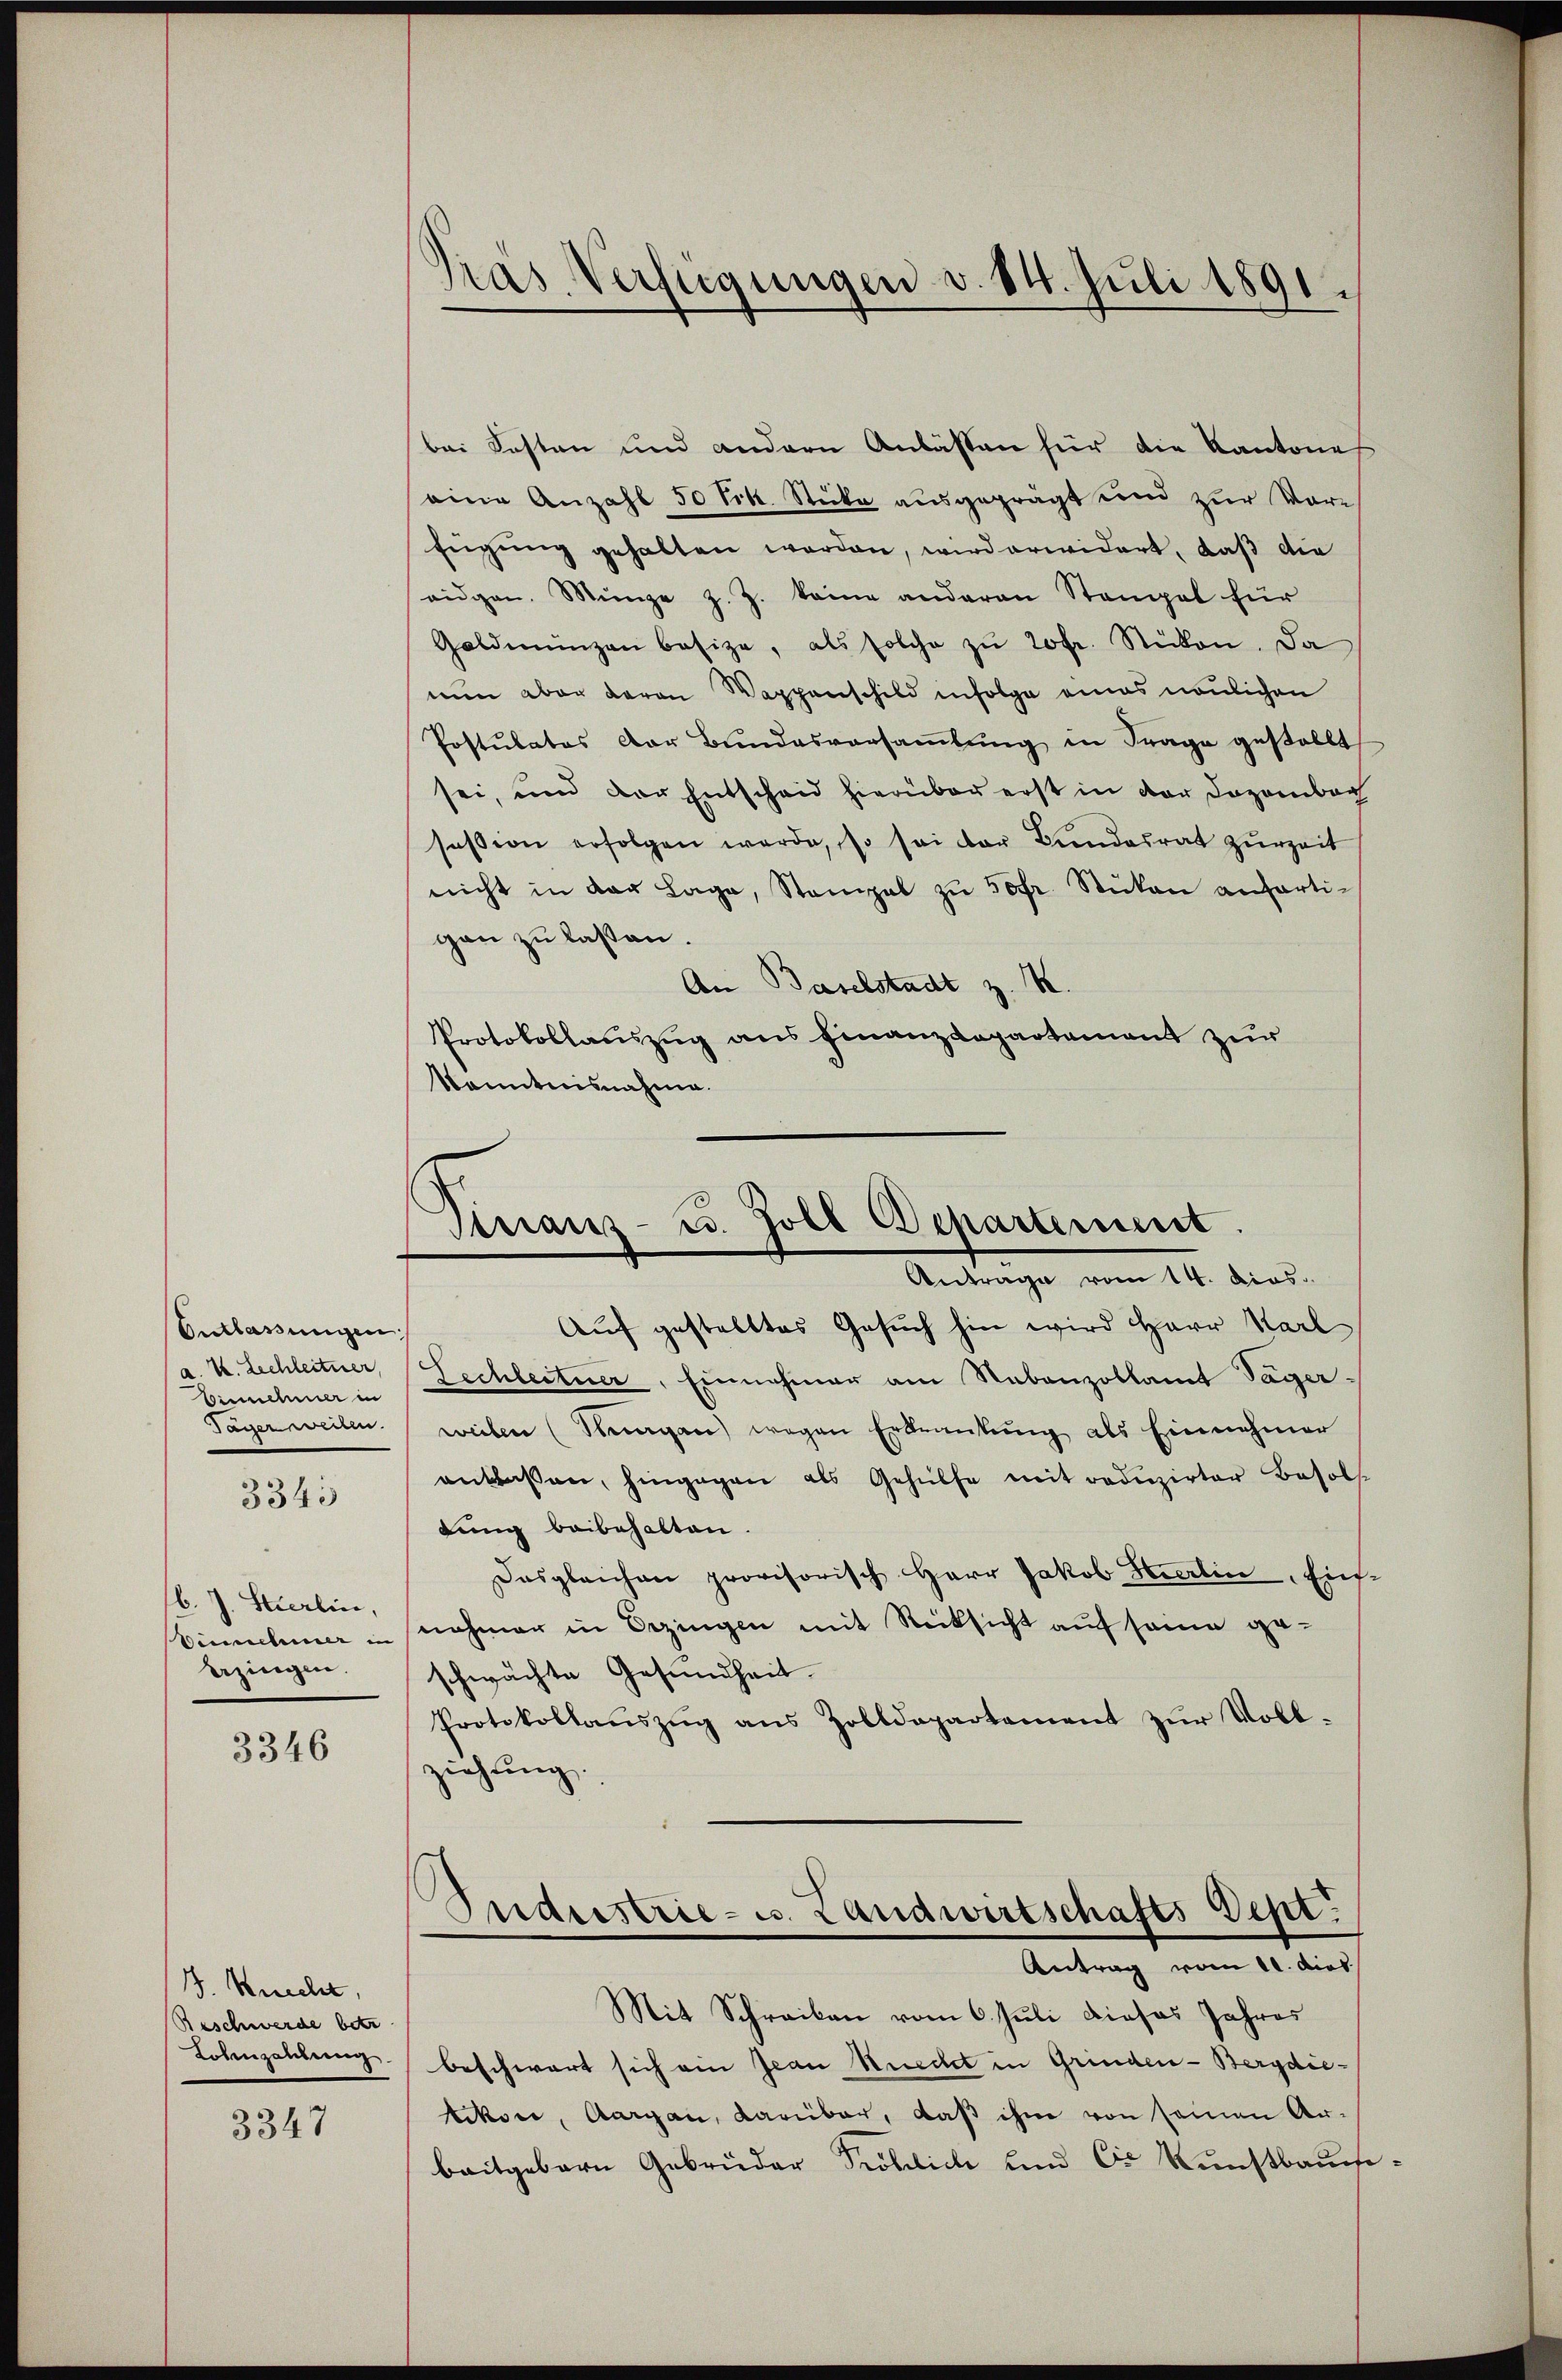
Entlassungen.
Binnehmer in

3345

b. J. Stierlin,
bezingen.

3346

B. Knecht,
Reschwerde betr

3347

Gras Verfügungen v. 14. Juli 1891.

bei Festen und andern Anlassen für die Kantone
eine Anzahl 50 Tik. Stücke ausgeprägt und zur Vor-
fügung gehalten worden, wird erwidert, daß die
eidgen. Münge z. Z. keine anderen Stangel für
Goldmünzen besize, als solche zŭ fr. Stücken. Da
nun aber davon Wappenschild infolge eines neulichen
Postulatos der Bundesversamlung in Frage gestellt
sei, und der Entscheid hierüber erst in der Dozambac
session erfolgen werde, so sei der Bundesrat zurzeit
nicht in der Lage, Stempel zŭ 50fr. Stükan anharti-
gan zu lassen.
An Baselstadt z. B.
Protokollauszug aus Finanzdepartement zur
Kanntnisnahme.

Franz- u. Zoll Departement
Antrage vom 14. Dias.

Auf gestelltes Gesuch hin wird Herr Karl
K. Lechleitner, Lechleitner, Einnahmer am Nebenzollamt Sager-
Tayer weilen. weilen (Thurgau) wegen Erkrankung als Einnahmer
antlaßen, hingegen als Gehülfe mit reduzirter Besols
lung beibehalten.
Desgleichen provisorisch Herr Jakob Stierlin, Ein-
binnehmer unehmer in Bezingen mit Rücksicht auf seine geschwachte Gesundheit.
Protokollaŭszŭg ans Zolldepartement zŭr Voll-
ziehŭng.
Fuderstrie- u. Landwirtschafts Sept.
Antrag vom 11. dies
Mit Schreiben vom 6. Juli dieses Jahres
Lohenzahlung beschwart sich ein Jean Ruecht in Grinden-Bergdietikon, Aargau, darüber, daß ihm von seinen Arbaitgeboren Gebrüder Kröblich und Cie Kunstbauche